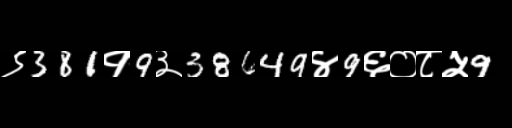
Text: ९381१9३38649४9६०८५9